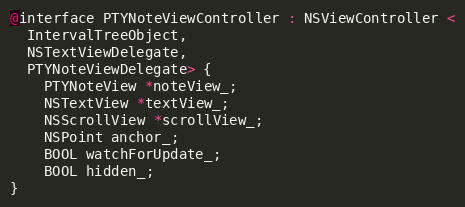
Language: C
@interface PTYNoteViewController : NSViewController <
  IntervalTreeObject,
  NSTextViewDelegate,
  PTYNoteViewDelegate> {
    PTYNoteView *noteView_;
    NSTextView *textView_;
    NSScrollView *scrollView_;
    NSPoint anchor_;
    BOOL watchForUpdate_;
    BOOL hidden_;
}